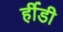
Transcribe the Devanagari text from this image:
र्हीडी